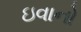
ઇવાનો